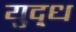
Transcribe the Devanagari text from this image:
युद़्ध